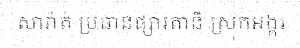
សារ៉ាត់ ប្រធានផ្សារតានី ស្រុកអង្គរ